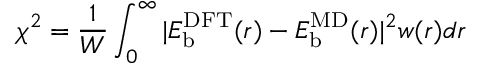
\chi ^ { 2 } = \frac { 1 } { W } \int _ { 0 } ^ { \infty } | E _ { \mathrm { b } } ^ { \mathrm { D F T } } ( r ) - E _ { \mathrm { b } } ^ { \mathrm { M D } } ( r ) | ^ { 2 } w ( r ) d r